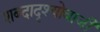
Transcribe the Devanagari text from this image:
शब्दादृश्योवाजी